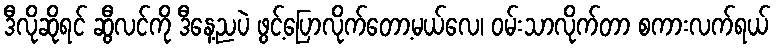
ဒီလိုဆိုရင် ဆွီလင်ကို ဒီနေ့ညပဲ ဖွင့်ပြောလိုက်တော့မယ်လေ၊ ဝမ်းသာလိုက်တာ စကားလက်ရယ်